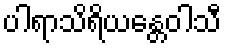
ပါရာသိရိယန္တေဝါသီ